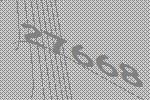
27668